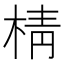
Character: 棈